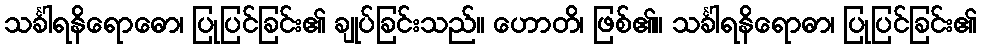
သင်္ခါရနိရောဓော၊ ပြုပြင်ခြင်း၏ ချုပ်ခြင်းသည်။ ဟောတိ၊ ဖြစ်၏။ သင်္ခါရနိရောဓာ၊ ပြုပြင်ခြင်း၏